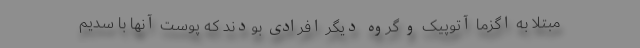
مبتلا به اگزما آتوپیک و گروه دیگر افرادی بودند که پوست آنها با سدیم